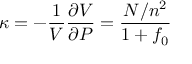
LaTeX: \kappa = - { \frac { 1 } { V } } { \frac { \partial V } { \partial P } } = { \frac { N / n ^ { 2 } } { 1 + f _ { 0 } } }